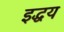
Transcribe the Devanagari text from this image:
इद्धय